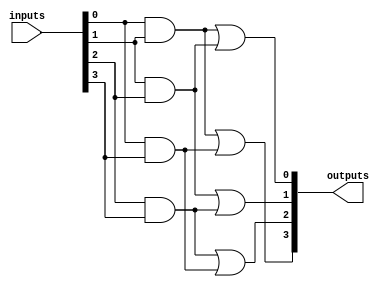
module fused_pal (
    input wire [N-1:0] inputs, // N input signals (A, B, C, ..., N)
    output wire [M-1:0] outputs // M output signals (Y1, Y2, ..., Ym)
);

// Parameter definitions
parameter N = 8; // Number of input signals
parameter M = 4; // Number of output signals
parameter AND_TERMS = 4; // Number of programmable AND gates

// Programmable AND array
wire [AND_TERMS-1:0] and_outputs; // Outputs from AND gates

// Example of programmable AND gates
// Each AND gate can be programmed to connect to different input signals
assign and_outputs[0] = inputs[0] & inputs[1]; // Example AND gate 1
assign and_outputs[1] = inputs[1] & inputs[2]; // Example AND gate 2
assign and_outputs[2] = inputs[2] & inputs[3]; // Example AND gate 3
assign and_outputs[3] = inputs[0] & inputs[3]; // Example AND gate 4

// Fixed OR array
assign outputs[0] = and_outputs[0] | and_outputs[1]; // Output Y1
assign outputs[1] = and_outputs[1] | and_outputs[2]; // Output Y2
assign outputs[2] = and_outputs[2] | and_outputs[3]; // Output Y3
assign outputs[3] = and_outputs[0] | and_outputs[3]; // Output Y4

endmodule